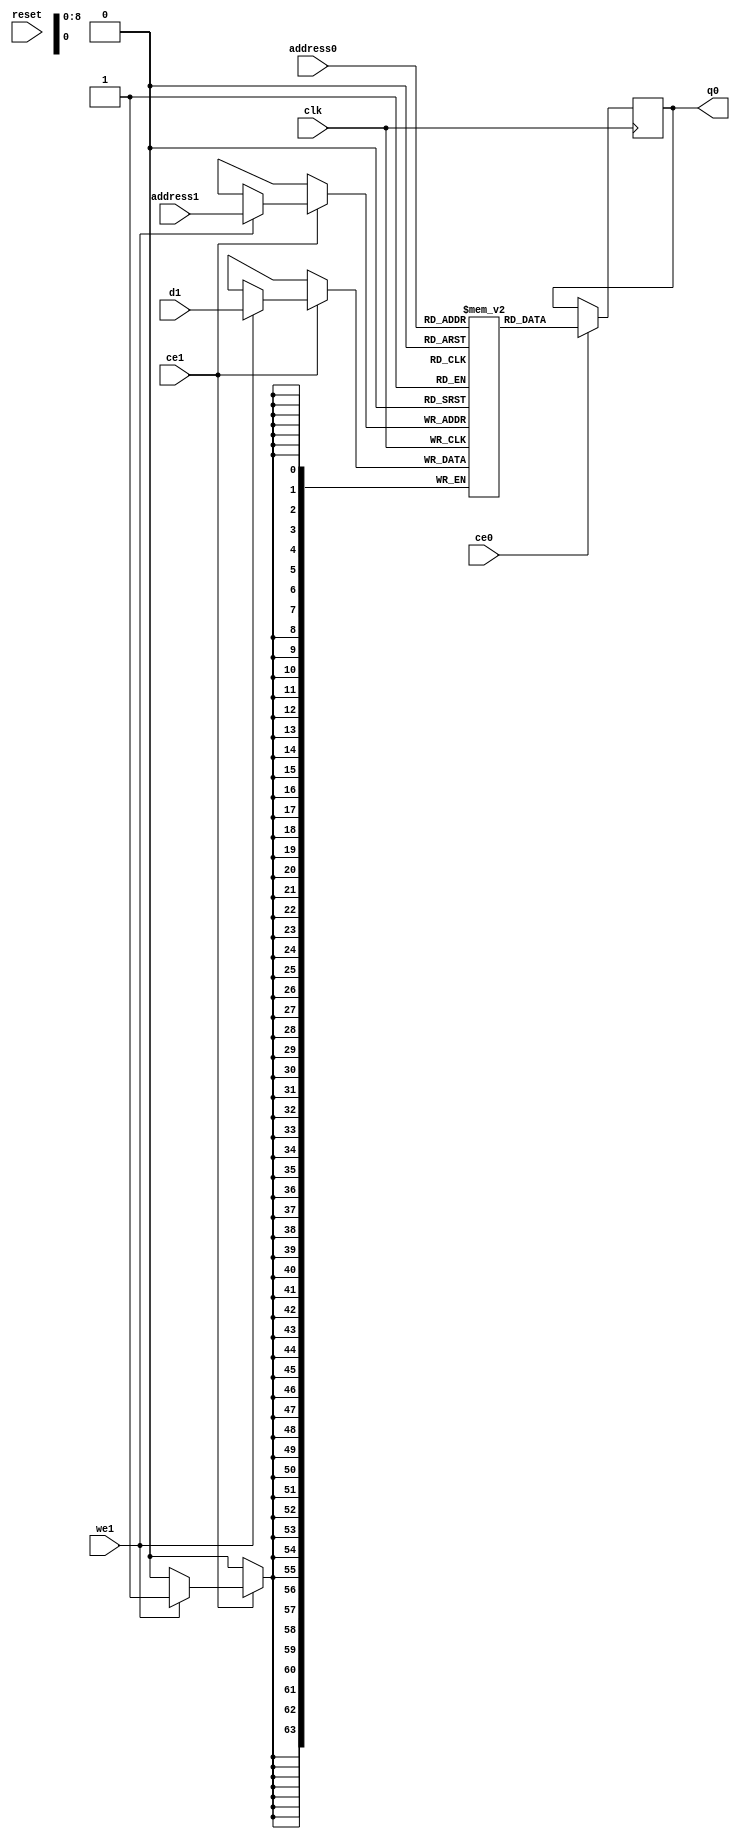
`timescale 1 ns / 1 ps
// ==============================================================
// Vitis HLS - High-Level Synthesis from C, C++ and OpenCL v2022.2 (64-bit)
// Version: 2022.2
// Copyright 1986-2022 Xilinx, Inc. All Rights Reserved.
// ==============================================================
module kernel3_C_drain_IO_L1_out_boundary_local_C_V_RAM_2P_BRAM_1R1W (

    address0, ce0,

    q0,

    address1, ce1,
    d1, we1,


    reset, clk);
parameter DataWidth = 64;
parameter AddressWidth = 9;
parameter AddressRange = 512;

input[AddressWidth-1:0] address0;
input ce0;
output reg[DataWidth-1:0] q0;

input[AddressWidth-1:0] address1;
input ce1;
input[DataWidth-1:0] d1;
input we1;
input reset;
input clk;
(* ram_style = "block"  *)reg [DataWidth-1:0] ram[0:AddressRange-1];

always @(posedge clk)
begin
    if (ce0) begin
        q0 <= ram[address0];
    end
end


always @(posedge clk)
begin
    if (ce1) begin
        if (we1)
            ram[address1] <= d1;
    end
end


endmodule